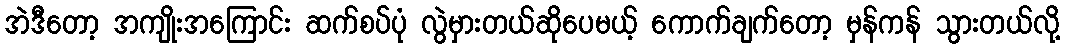
အဲဒီတော့ အကျိုးအကြောင်း ဆက်စပ်ပုံ လွဲမှားတယ်ဆိုပေမယ့် ကောက်ချက်တော့ မှန်ကန် သွားတယ်လို့